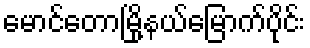
မောင်တောမြို့နယ်မြောက်ပိုင်း